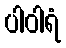
ပါဝါရံ